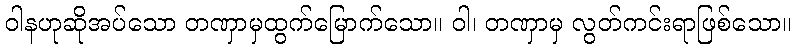
ဝါနဟုဆိုအပ်သော တဏှာမှထွက်မြောက်သော။ ဝါ၊ တဏှာမှ လွတ်ကင်းရာဖြစ်သော။